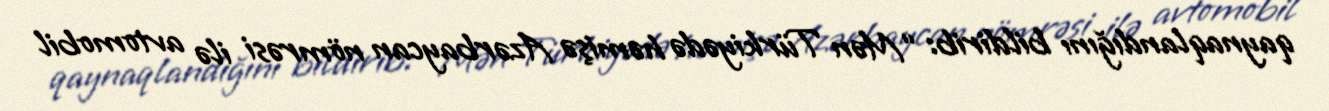
qaynaqlandığını bildirib: “Mən Türkiyədə həmişə Azərbaycan nömrəsi ilə avtomobil